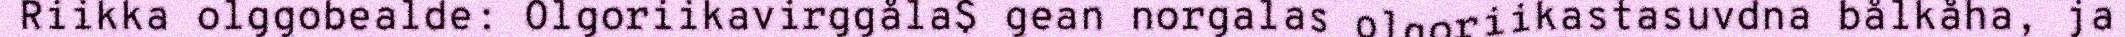
Riikka olggobealde: Olgoriikavirggåla$ gean norgalas olgoriikastasuvdna bålkåha, ja